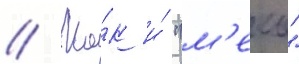
// Ка́к и́ "м'еко"